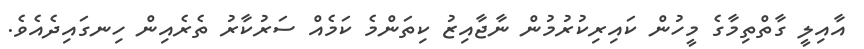
އާއިލީ ގާތްތިމާގެ މީހުން ކައިރިކުރުމުން ނާޖާއިޒު ކިތަންމެ ކަމެއް ސަރުކާރު ތެރެއިން ހިނގައިދެއެވެ.